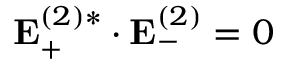
\mathbf { E } _ { + } ^ { ( 2 ) * } \cdot \mathbf { E } _ { - } ^ { ( 2 ) } = 0